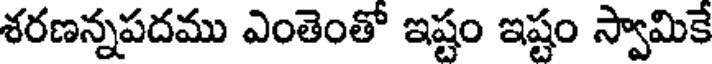
శరణన్నపదము ఎంతెంతో ఇష్టం ఇష్టం స్వామికే